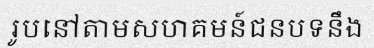
រូបនៅតាមសហគមន៍ជនបទនឹង